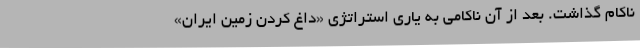
ناکام گذاشت. بعد از آن ناکامی به یاری استراتژی «داغ کردن زمین ایران»